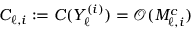
C _ { \ell , i } : = C ( Y _ { \ell } ^ { ( i ) } ) = \mathcal { O } ( M _ { \ell , i } ^ { c } )